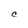
Character: C